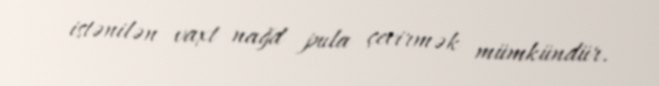
istənilən vaxt nağd pula çevirmək mümkündür.